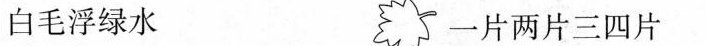
白毛浮流水 一片两片三四片